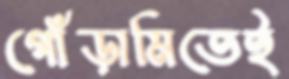
গোঁড়ামিতেই